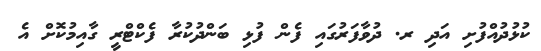
ކުޅުދުއްފުށި އަދި ރ. ދުވާފަރުގައި ފެން ފުޅި ބަންދުކުރާ ފެކްޓްރީ ގާއިމުކޮށް އެ